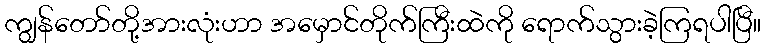
ကျွန်တော်တို့အားလုံးဟာ အမှောင်တိုက်ကြီးထဲကို ရောက်သွားခဲ့ကြရပါပြီ။